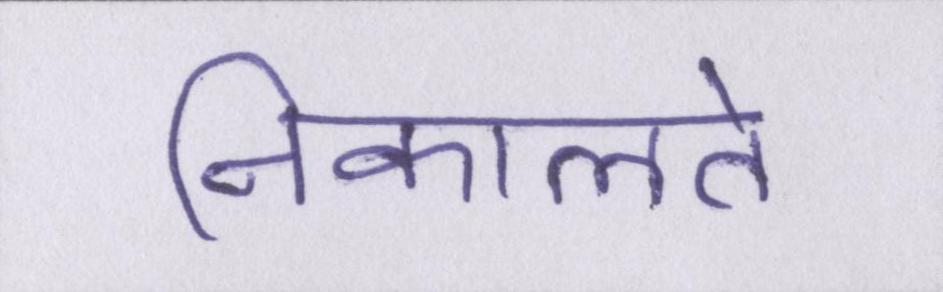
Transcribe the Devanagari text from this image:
निकालते